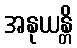
အနုယန္တိ